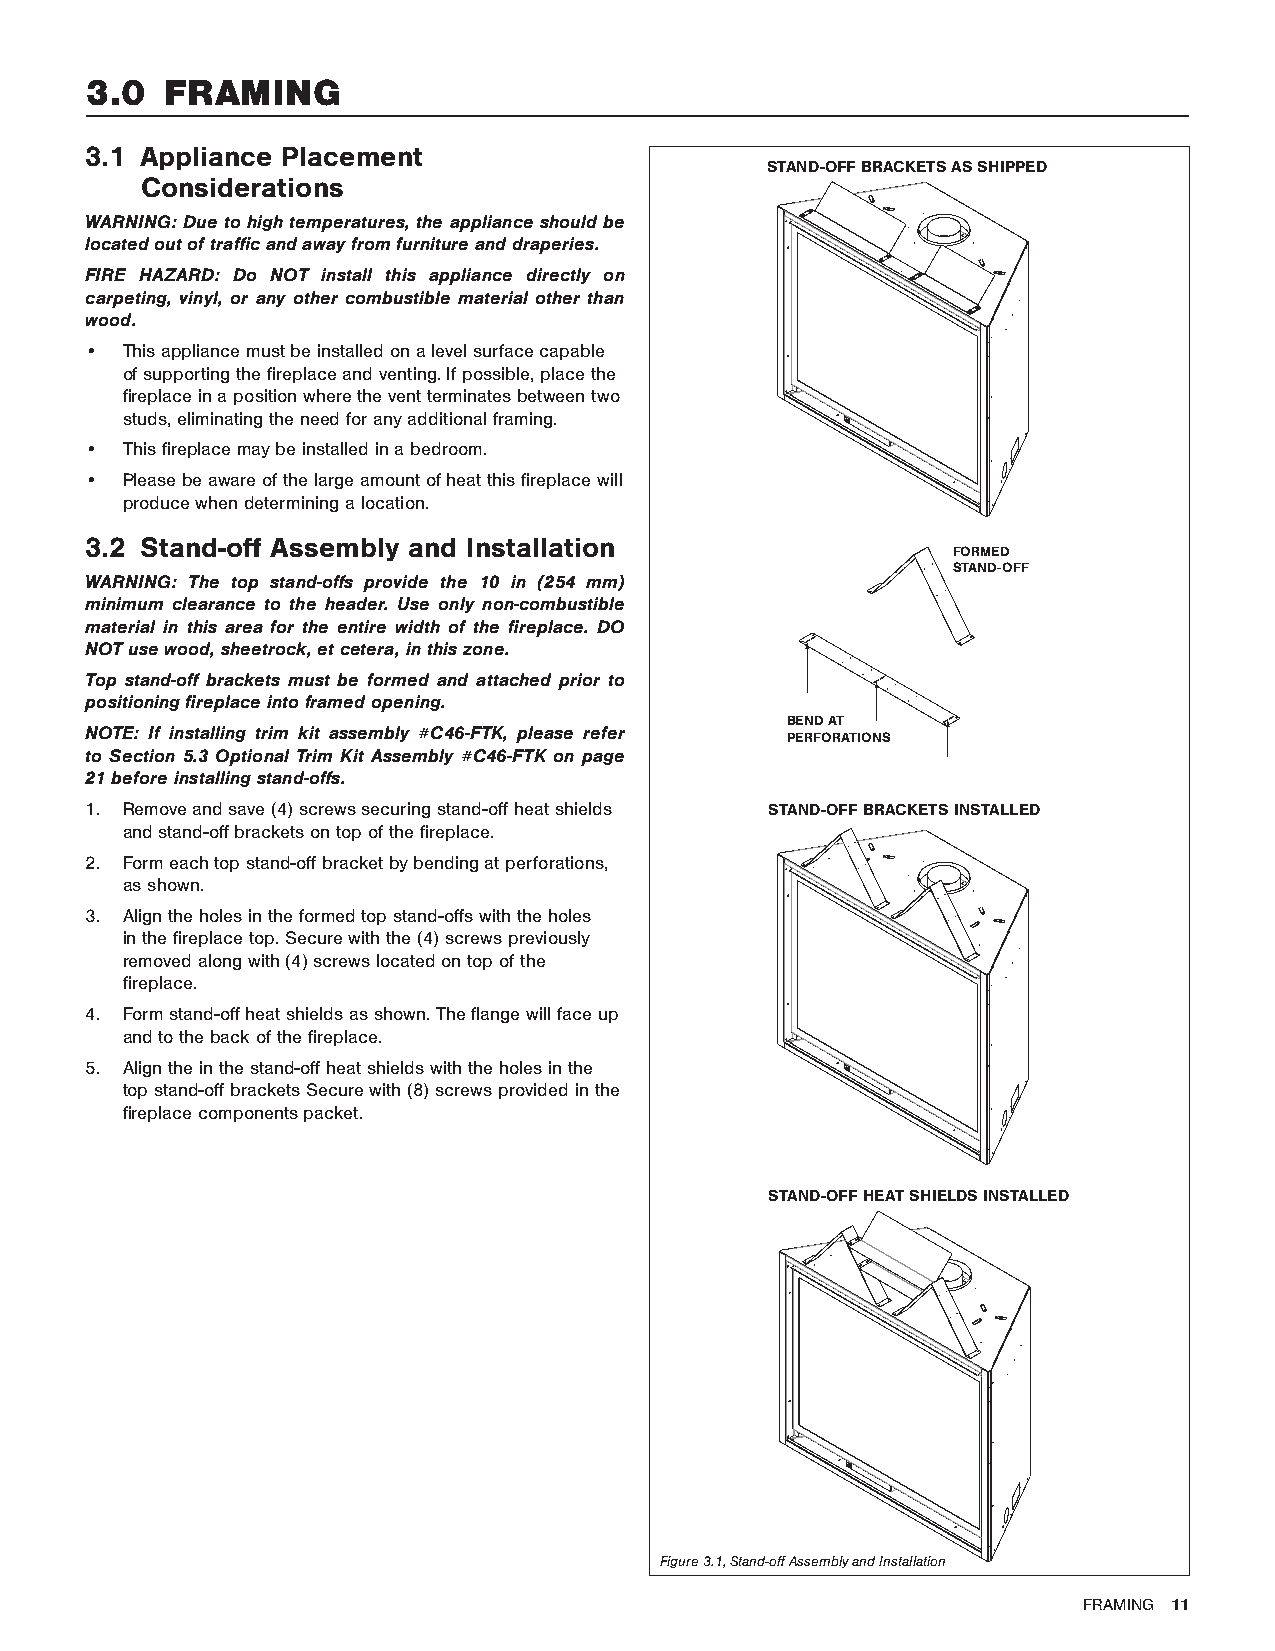
3.0  FRAMING
 3.1 Appliance Placement
 STAND-OFF BRACKETS AS SHIPPED
 Considerations
 WARNING: Due to high temperatures, the appliance should be
 located out of traffic and away from furniture and draperies.
 FIRE HAZARD: Do NOT install this appliance directly on
 carpeting, vinyl, or any other combustible material other than
 wood.
 • This appliance must be installed on a level surface capable
 of supporting the fireplace and venting. If possible, place the
 fireplace in a position where the vent terminates between two
 studs, eliminating the need for any additional framing.
 • This fireplace may be installed in a bedroom.
 • Please be aware of the large amount of heat this fireplace will
 produce when determining a location.
 3.2 Stand-off Assembly and Installation
 FORMED
 STAND-OFF
 WARNING: The top stand-offs provide the 10 in (254 mm)
 minimum clearance to the header. Use only non-combustible
 material in this area for the entire width of the fireplace. DO
 NOT use wood, sheetrock, et cetera, in this zone.
 Top stand-off brackets must be formed and attached prior to
 positioning fireplace into framed opening.
 BEND AT
 NOTE: If installing trim kit assembly #C46-FTK, please refer PERFORATIONS
 to Section 5.3 Optional Trim Kit Assembly #C46-FTK on page
 21 before installing stand-offs.
 1. Remove and save (4) screws securing stand-off heat shields STAND-OFF BRACKETS INSTALLED
 and stand-off brackets on top of the fireplace.
 2. Form each top stand-off bracket by bending at perforations,
 as shown.
 3. Align the holes in the formed top stand-offs with the holes
 in the fireplace top. Secure with the (4) screws previously
 removed along with (4) screws located on top of the
 fireplace.
 4. Form stand-off heat shields as shown. The flange will face up
 and to the back of the fireplace.
 5. Align the in the stand-off heat shields with the holes in the
 top stand-off brackets Secure with (8) screws provided in the
 fireplace components packet.
 STAND-OFF HEAT SHIELDS INSTALLED
 Figure 3.1, Stand-off Assembly and Installation
 FRAMING 11